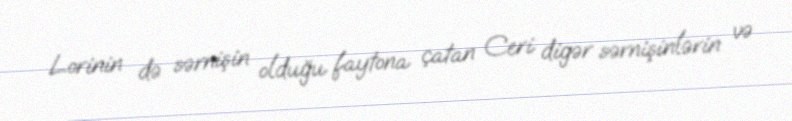
Lorinin də sərnişin olduğu faytona çatan Ceri digər sərnişinlərin və